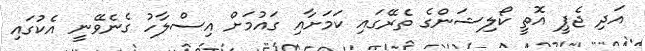
އަދި ޖެޕީ އޮތީ ކޯލިޝަންގެ ތެރޭގައި ކަމަށާއި ގައުމަށް އިސްލާހު ގެނެވޭނީ އެކުގައި